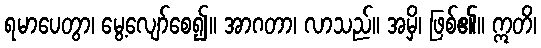
ရမာပေတွာ၊ မွေ့လျော်စေ၍။ အာဂတာ၊ လာသည်။ အမှိ၊ ဖြစ်၏။ ဣတိ၊